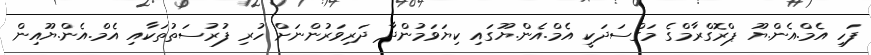
ފަހި އެމް.އެން.ޔޫ ޕްރޮގްރާމްގެ މަގްސަދަކީ އެމް.އެން.ޔޫގައި ކިޔަވަމުންދާ ދަރިވަރުންނަށް ހުރި ފުރުސަތުތަކާއި އެމް.އެން.ޔޫއިން